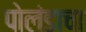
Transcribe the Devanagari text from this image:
पोलंडाचा